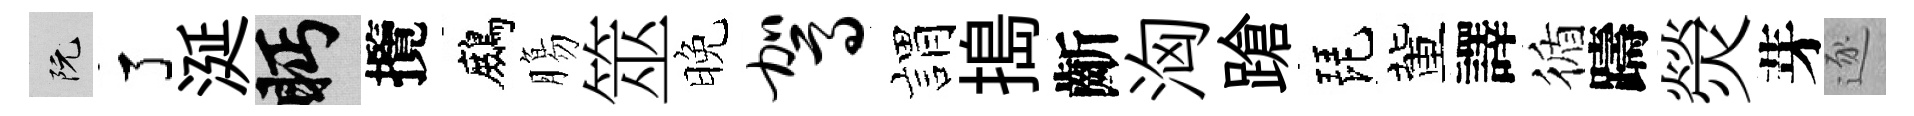
阮了涎眄攬鷓膓筮晚驾娟搗齗洶蹌琵董譯循躊熒芽逐